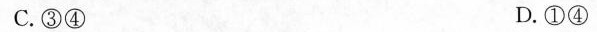
C.③④ D.①④